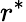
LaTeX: r^{*}